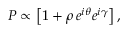
P \propto \left[ 1 + \rho \, e ^ { i \theta } e ^ { i \gamma } \right] ,